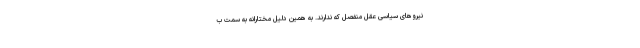
نیروهای سیاسی عقل منفصل که ندارند. به همین دلیل مختارانه به سمت ب